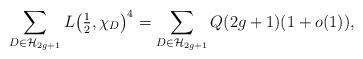
LaTeX: \begin{align*} \sum_{D \in \mathcal{H}_{2g+1}} L \big( \tfrac{1}{2}, \chi_D \big)^4 = \sum_{D \in \mathcal{H}_{2g+1}} Q (2g+1)(1+ o(1)), \end{align*}